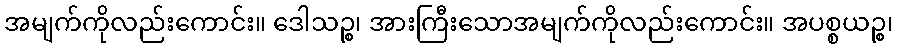
အမျက်ကိုလည်းကောင်း။ ဒေါသဉ္စ၊ အားကြီးသောအမျက်ကိုလည်းကောင်း။ အပစ္စယဉ္စ၊